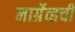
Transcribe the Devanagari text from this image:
मार्ग्रेव्हची